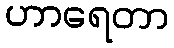
ဟာရေတာ